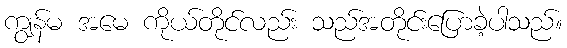
ကျွန်မ အမေ ကိုယ်တိုင်လည်း သည်အတိုင်းပြောခဲ့ပါသည်။